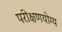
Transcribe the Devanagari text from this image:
परीक्षणयोग्य